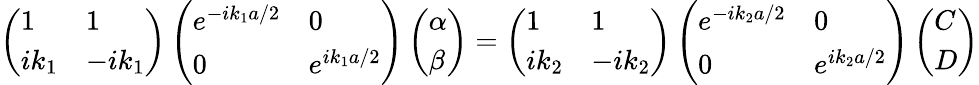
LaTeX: \left(\begin{array}{ll}{1}&{1}\\ {ik_{1}}&{-ik_{1}}\end{array}\right)\left(\begin{array}{ll}{e^{-ik_{1}a/2}}&{0}\\ {0}&{e^{ik_{1}a/2}}\end{array}\right)\left(\begin{array}{l}{\alpha}\\ {\beta}\end{array}\right)=\left(\begin{array}{ll}{1}&{1}\\ {ik_{2}}&{-ik_{2}}\end{array}\right)\left(\begin{array}{ll}{e^{-ik_{2}a/2}}&{0}\\ {0}&{e^{ik_{2}a/2}}\end{array}\right)\left(\begin{array}{l}{C}\\ {D}\end{array}\right)